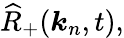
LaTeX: \widehat{R}_{+}(\boldsymbol{k}_{n},t),